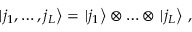
\left. \vert j _ { 1 } , \ldots , j _ { L } \right\rangle = \left. \vert j _ { 1 } \right\rangle \otimes \ldots \otimes \left. \vert j _ { L } \right\rangle \, ,